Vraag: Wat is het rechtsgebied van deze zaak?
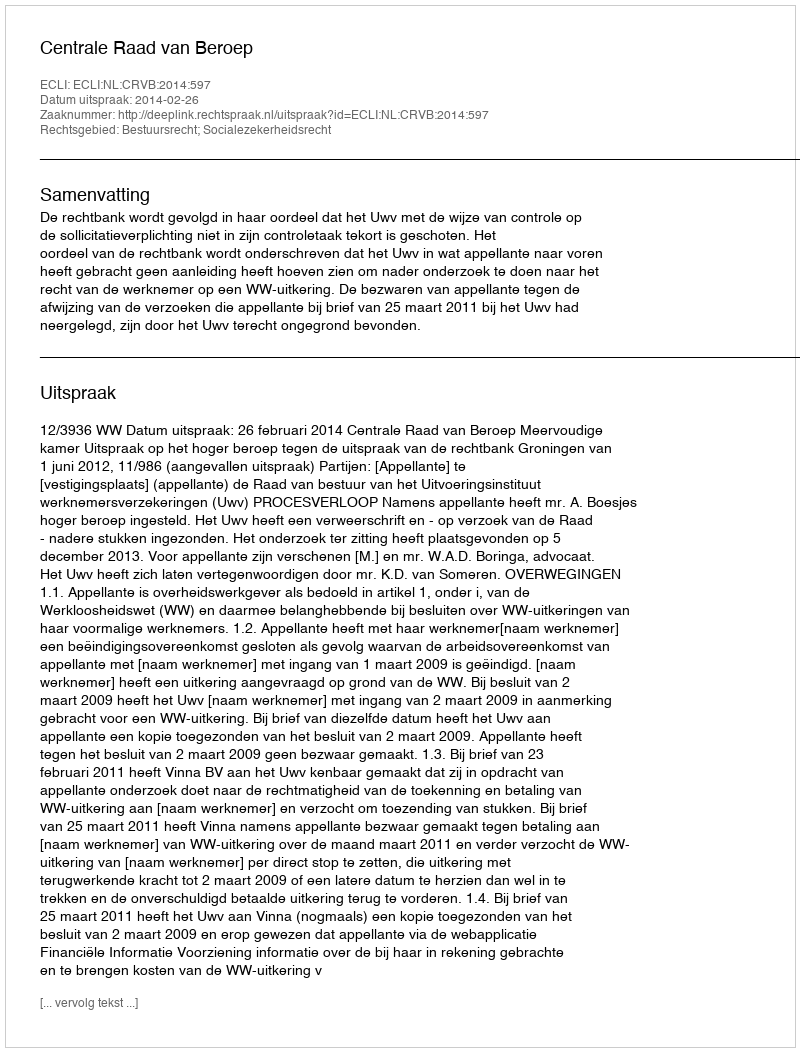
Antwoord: Bestuursrecht; Socialezekerheidsrecht